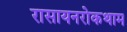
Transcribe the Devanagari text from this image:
रासायनरोकथाम